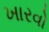
ખારવો